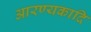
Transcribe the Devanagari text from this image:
आरण्यकादि